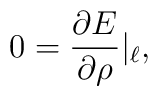
0=\frac{\partial E}{\partial \rho}|_{\ell},